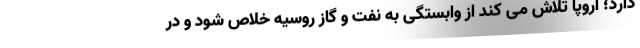
دارد؛ اروپا تلاش می کند از وابستگی به نفت و گاز روسیه خلاص شود و در